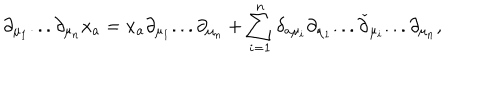
\partial _ { \mu _ { 1 } } . . . \partial _ { \mu _ { n } } x _ { a } = x _ { a } \partial _ { \mu _ { 1 } } . . . \partial _ { \mu _ { n } } + \sum _ { i = 1 } ^ { n } \delta _ { a \mu _ { i } } \partial _ { \mu _ { 1 } } . . . \check { \partial } _ { \mu _ { i } } . . . \partial _ { \mu _ { n } } ,